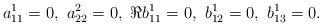
LaTeX: \begin{align*}a_{11}^1=0,\,\,a_{22}^2=0,\,\,\Re b_{11}^1=0,\,\,b_{12}^1=0,\,\,b_{13}^1=0.\end{align*}